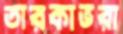
তারকাভরা